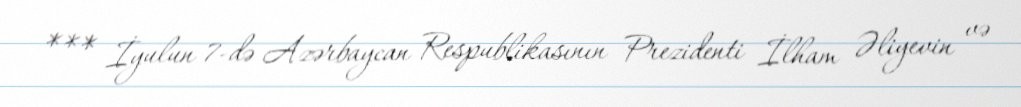
*** İyulun 7-də Azərbaycan Respublikasının Prezidenti İlham Əliyevin və